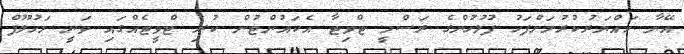
އޭނާ ހައްޔަރުކުރުމަށްފަހު ފުލުހުންގެ ރަސްމީ ޓްވިޓާ އެކައުންޓުން ކުރި ޓްވީޓެއްގައި ވަނީ މަހުލޫފް